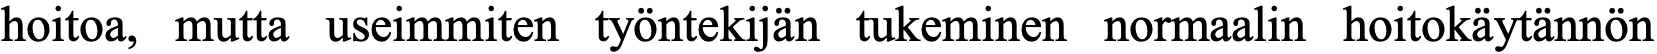
hoitoa, mutta useimmiten työntekijän tukeminen normaalin hoitokäytännön